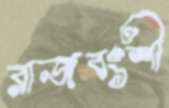
রাজবংশী